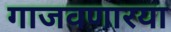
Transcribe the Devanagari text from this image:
गाजवणारया